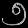
Digit: ၅